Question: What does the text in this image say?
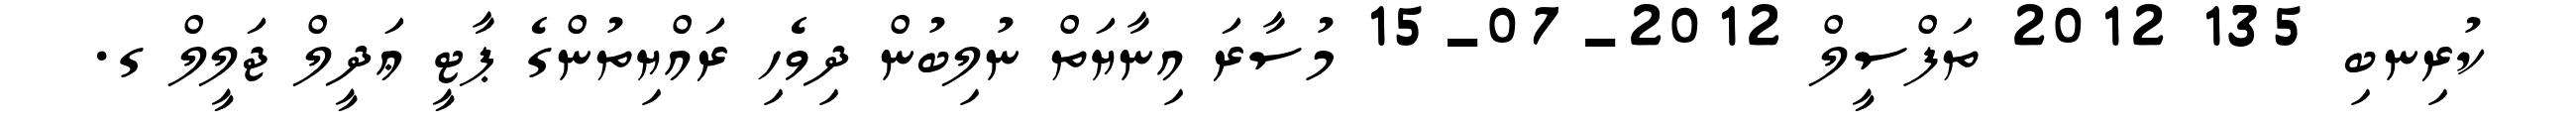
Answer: ކުރިނބި 135 2012 ތަފްސީލް 2012-07-15 މުސާރަ އިނާޔަތް ނުލިބުން ދިވެހި ރައްޔިތުންގެ ޕާޓީ ޢަދީލް ޖަލީލް ގ.